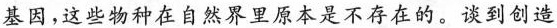
基因，这些物种在自然界里原本是不存在的。谈到创造